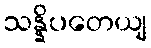
သန္နိပတေယျ